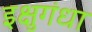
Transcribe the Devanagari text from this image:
इक्षुगंधा